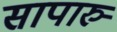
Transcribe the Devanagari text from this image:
सापारु